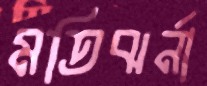
মতিঝর্না